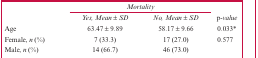
|  | <COLSPAN=2> Mortality |  |
 |  | Yes, Mean ± SD | No, Mean ± SD | p-value |
 | --- | --- | --- | --- |
 | Age | 63.47 ± 9.89 | 58.17 ± 9.66 | 0.033* |
 | Female, n (%) | 7 (33.3) | 17 (27.0) | 0.577 |
 | Male, n (%) | 14 (66.7) | 46 (73.0) |  |